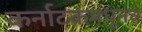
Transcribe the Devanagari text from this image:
कर्नाटकमधूनच